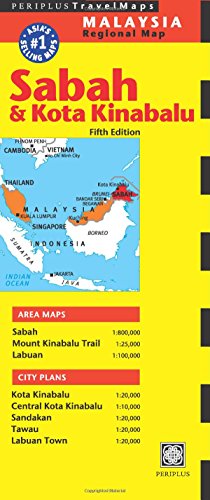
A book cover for Sabah & Kota Kinabalu Travel Map Fifth Edition (Periplus Travel Maps); Travel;